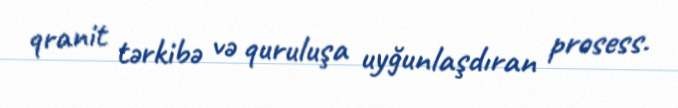
qranit tərkibə və quruluşa uyğunlaşdıran prosess.